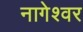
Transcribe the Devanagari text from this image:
नागेश्‍वर